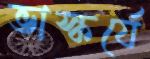
ভাস্কর্যে